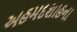
અહમદશાહના